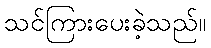
သင်ကြားပေးခဲ့သည်။